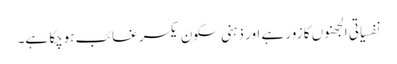
نفسیاتی الجھنوں کا زور ہے اور ذہنی سکون یکسر غائب ہوچکا ہے۔